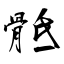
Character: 骶